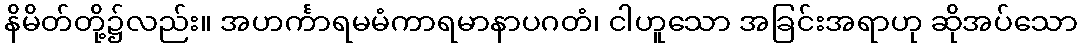
နိမိတ်တို့၌လည်း။ အဟင်္ကာရမမံကာရမာနာပဂတံ၊ ငါဟူသော အခြင်းအရာဟု ဆိုအပ်သော